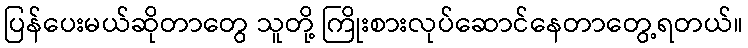
ပြန်ပေးမယ်ဆိုတာတွေ သူတို့ ကြိုးစားလုပ်ဆောင်နေတာတွေ့ရတယ်။